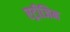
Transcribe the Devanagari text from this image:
एट्रीजिन